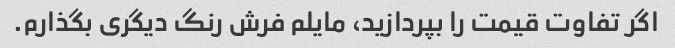
اگر تفاوت قیمت را بپردازید، مایلم فرش رنگ دیگری بگذارم.